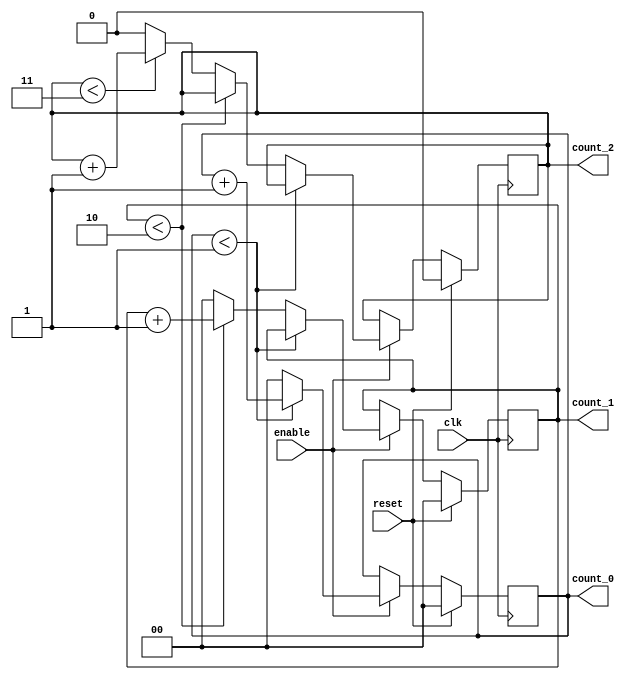
module mixed_radix_counter #(
    parameter RADIX_0 = 2,  // Base for the first digit
    parameter RADIX_1 = 3,  // Base for the second digit
    parameter RADIX_2 = 4   // Base for the third digit
)(
    input wire clk,            // Clock signal
    input wire reset,          // Synchronous reset
    input wire enable,         // Enable signal
    output reg [1:0] count_0, // Count for digit 0 (base 2)
    output reg [1:0] count_1, // Count for digit 1 (base 3)
    output reg [1:1] count_2   // Count for digit 2 (base 4)
);

    // Internal signals for overflow detection
    wire overflow_0;
    wire overflow_1;
    wire overflow_2;

    // Overflow conditions
    assign overflow_0 = (count_0 == (RADIX_0 - 1));
    assign overflow_1 = (count_1 == (RADIX_1 - 1)) && overflow_0;
    assign overflow_2 = (count_2 == (RADIX_2 - 1)) && overflow_1;

    // Counting mechanism
    always @(posedge clk) begin
        if (reset) begin
            // Reset all counts to zero
            count_0 <= 0;
            count_1 <= 0;
            count_2 <= 0;
        end else if (enable) begin
            // Increment the least significant digit
            if (count_0 < (RADIX_0 - 1)) begin
                count_0 <= count_0 + 1;
            end else begin
                count_0 <= 0; // Reset count_0 on overflow
                if (count_1 < (RADIX_1 - 1)) begin
                    count_1 <= count_1 + 1;
                end else begin
                    count_1 <= 0; // Reset count_1 on overflow
                    if (count_2 < (RADIX_2 - 1)) begin
                        count_2 <= count_2 + 1;
                    end else begin
                        count_2 <= 0; // Reset count_2 on overflow
                    end
                end
            end
        end
    end

endmodule